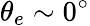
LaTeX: \theta_{e}\sim 0^{\circ}